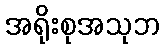
အရိုးစုအသုဘ